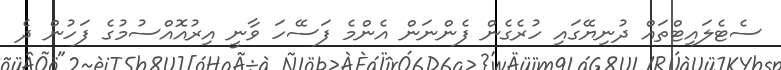
ސެޓެލައިޓްތައް ދުނިޔޭގައި ހުރެގެން ފެންނަން އެންމެ ފަސޭހަ ވާނީ އިރުއޮއްސުމުގެ ފަހުން ދެ